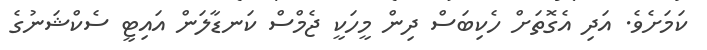
ކަމަށެވެ. އަދި އެގޮތަށް ހެކިބަސް ދިން މީހަކީ ޖެމްސް ކަނޑާލަން އައިޓީ ސެކްޝަނުގެ